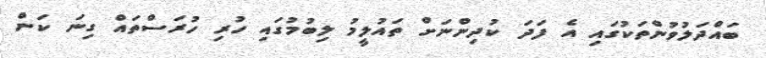
ބައްދަލުވުންތަކުގައި އެ ފަދަ ކުދިންނަށް ތައުލީމު ލިބުމުގައި ހުރި ހުރަސްތައް ގިނަ ކަން